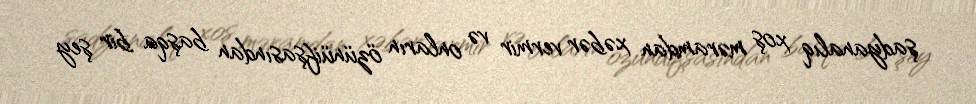
şadyanalıq xoş məramdan xəbər vermir və onların özünüifşasından başqa bir şey